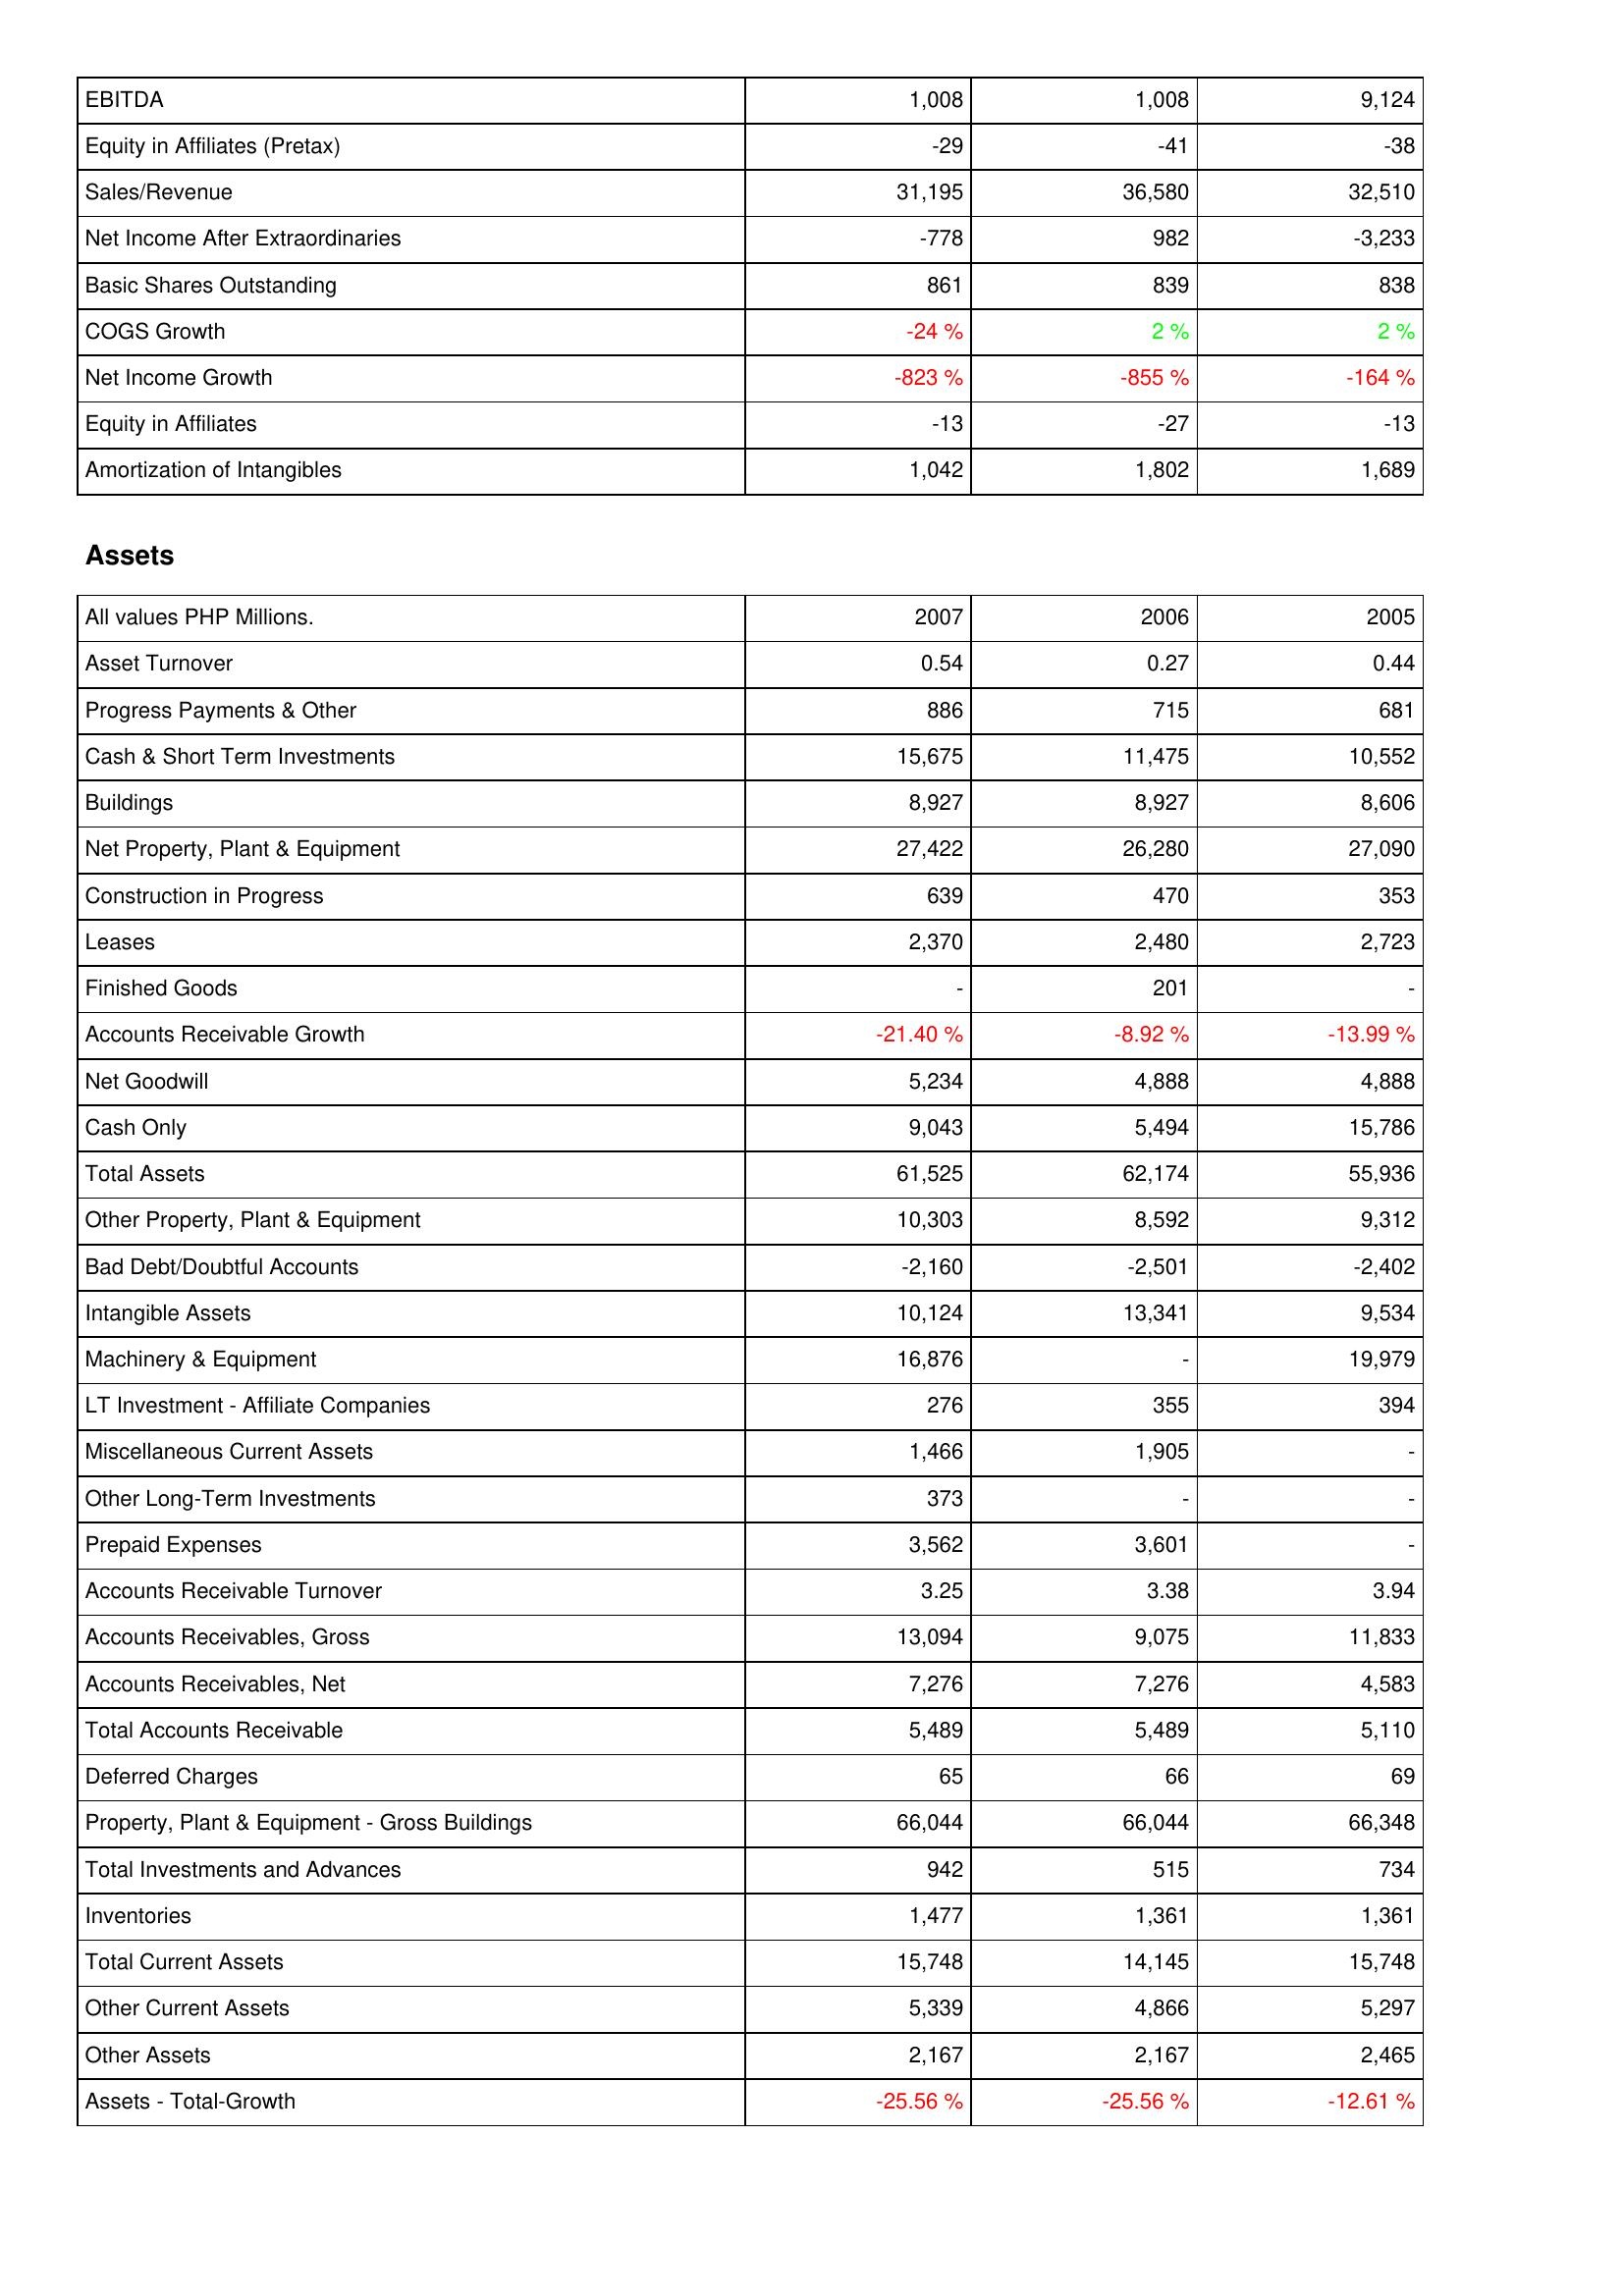
2007: Income Statement: EBITDA: 1,008
Equity in Affiliates (Pretax): -29
Sales/Revenue: 31,195
Net Income After Extraordinaries: -778
Basic Shares Outstanding: 861
COGS Growth: -24 %
Net Income Growth: -823 %
Equity in Affiliates: -13
Amortization of Intangibles: 1,042
Assets: Asset Turnover: 0.54
Progress Payments & Other: 886
Cash & Short Term Investments: 15,675
Buildings: 8,927
Net Property, Plant & Equipment: 27,422
Construction in Progress: 639
Leases: 2,370
Finished Goods: -
Accounts Receivable Growth: -21.40 %
Net Goodwill: 5,234
Cash Only: 9,043
Total Assets: 61,525
Other Property, Plant & Equipment: 10,303
Bad Debt/Doubtful Accounts: -2,160
Intangible Assets: 10,124
Machinery & Equipment: 16,876
LT Investment - Affiliate Companies: 276
Miscellaneous Current Assets: 1,466
Other Long-Term Investments: 373
Prepaid Expenses: 3,562
Accounts Receivable Turnover: 3.25
Accounts Receivables, Gross: 13,094
Accounts Receivables, Net: 7,276
Total Accounts Receivable: 5,489
Deferred Charges: 65
Property, Plant & Equipment - Gross Buildings: 66,044
Total Investments and Advances: 942
Inventories: 1,477
Total Current Assets: 15,748
Other Current Assets: 5,339
Other Assets: 2,167
Assets - Total-Growth: -25.56 %
2006: Income Statement: EBITDA: 1,008
Equity in Affiliates (Pretax): -41
Sales/Revenue: 36,580
Net Income After Extraordinaries: 982
Basic Shares Outstanding: 839
COGS Growth: 2 %
Net Income Growth: -855 %
Equity in Affiliates: -27
Amortization of Intangibles: 1,802
Assets: Asset Turnover: 0.27
Progress Payments & Other: 715
Cash & Short Term Investments: 11,475
Buildings: 8,927
Net Property, Plant & Equipment: 26,280
Construction in Progress: 470
Leases: 2,480
Finished Goods: 201
Accounts Receivable Growth: -8.92 %
Net Goodwill: 4,888
Cash Only: 5,494
Total Assets: 62,174
Other Property, Plant & Equipment: 8,592
Bad Debt/Doubtful Accounts: -2,501
Intangible Assets: 13,341
Machinery & Equipment: -
LT Investment - Affiliate Companies: 355
Miscellaneous Current Assets: 1,905
Other Long-Term Investments: -
Prepaid Expenses: 3,601
Accounts Receivable Turnover: 3.38
Accounts Receivables, Gross: 9,075
Accounts Receivables, Net: 7,276
Total Accounts Receivable: 5,489
Deferred Charges: 66
Property, Plant & Equipment - Gross Buildings: 66,044
Total Investments and Advances: 515
Inventories: 1,361
Total Current Assets: 14,145
Other Current Assets: 4,866
Other Assets: 2,167
Assets - Total-Growth: -25.56 %
2005: Income Statement: EBITDA: 9,124
Equity in Affiliates (Pretax): -38
Sales/Revenue: 32,510
Net Income After Extraordinaries: -3,233
Basic Shares Outstanding: 838
COGS Growth: 2 %
Net Income Growth: -164 %
Equity in Affiliates: -13
Amortization of Intangibles: 1,689
Assets: Asset Turnover: 0.44
Progress Payments & Other: 681
Cash & Short Term Investments: 10,552
Buildings: 8,606
Net Property, Plant & Equipment: 27,090
Construction in Progress: 353
Leases: 2,723
Finished Goods: -
Accounts Receivable Growth: -13.99 %
Net Goodwill: 4,888
Cash Only: 15,786
Total Assets: 55,936
Other Property, Plant & Equipment: 9,312
Bad Debt/Doubtful Accounts: -2,402
Intangible Assets: 9,534
Machinery & Equipment: 19,979
LT Investment - Affiliate Companies: 394
Miscellaneous Current Assets: -
Other Long-Term Investments: -
Prepaid Expenses: -
Accounts Receivable Turnover: 3.94
Accounts Receivables, Gross: 11,833
Accounts Receivables, Net: 4,583
Total Accounts Receivable: 5,110
Deferred Charges: 69
Property, Plant & Equipment - Gross Buildings: 66,348
Total Investments and Advances: 734
Inventories: 1,361
Total Current Assets: 15,748
Other Current Assets: 5,297
Other Assets: 2,465
Assets - Total-Growth: -12.61 %